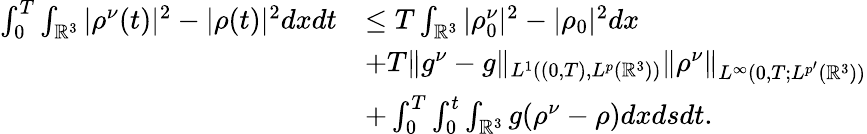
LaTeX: \begin{array}{rl}{\int_{0}^{T}\int_{\mathbb{R}^{3}}|\rho^{\nu}(t)|^{2}-|\rho(t)|^{2}dxdt}&{\leq T\int_{\mathbb{R}^{3}}|\rho_{0}^{\nu}|^{2}-|\rho_{0}|^{2}dx}\\ &{+T\| g^{\nu}-g\| _{L^{1}((0,T),L^{{p}}(\mathbb{R}^{3}))}\| \rho^{\nu}\| _{L^{\infty}(0,T;L^{{p}^{\prime}}(\mathbb{R}^{3}))}}\\ &{+\int_{0}^{T}\int_{0}^{t}\int_{\mathbb{R}^{3}}g(\rho^{\nu}-\rho)dxdsdt.}\end{array}